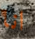
انا